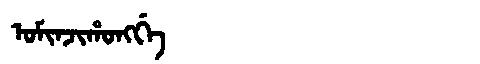
Manchu: ᠣᠮᡳᠨᠵᡳᡥᠣᠩᡤᡝ
Romanization: OMINJIHONGGE